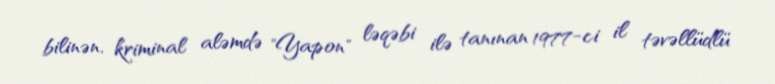
bilinən, kriminal aləmdə "Yapon" ləqəbi ilə tanınan 1977-ci il təvəllüdlü